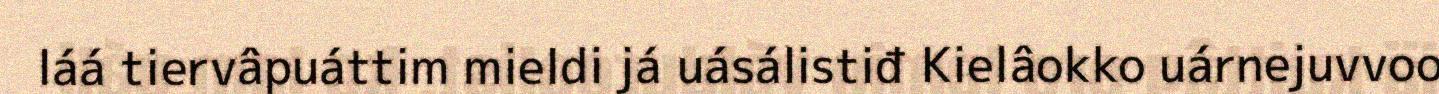
láá tiervâpuáttim mieldi já uásálistiđ Kielâokko uárnejuvvoo